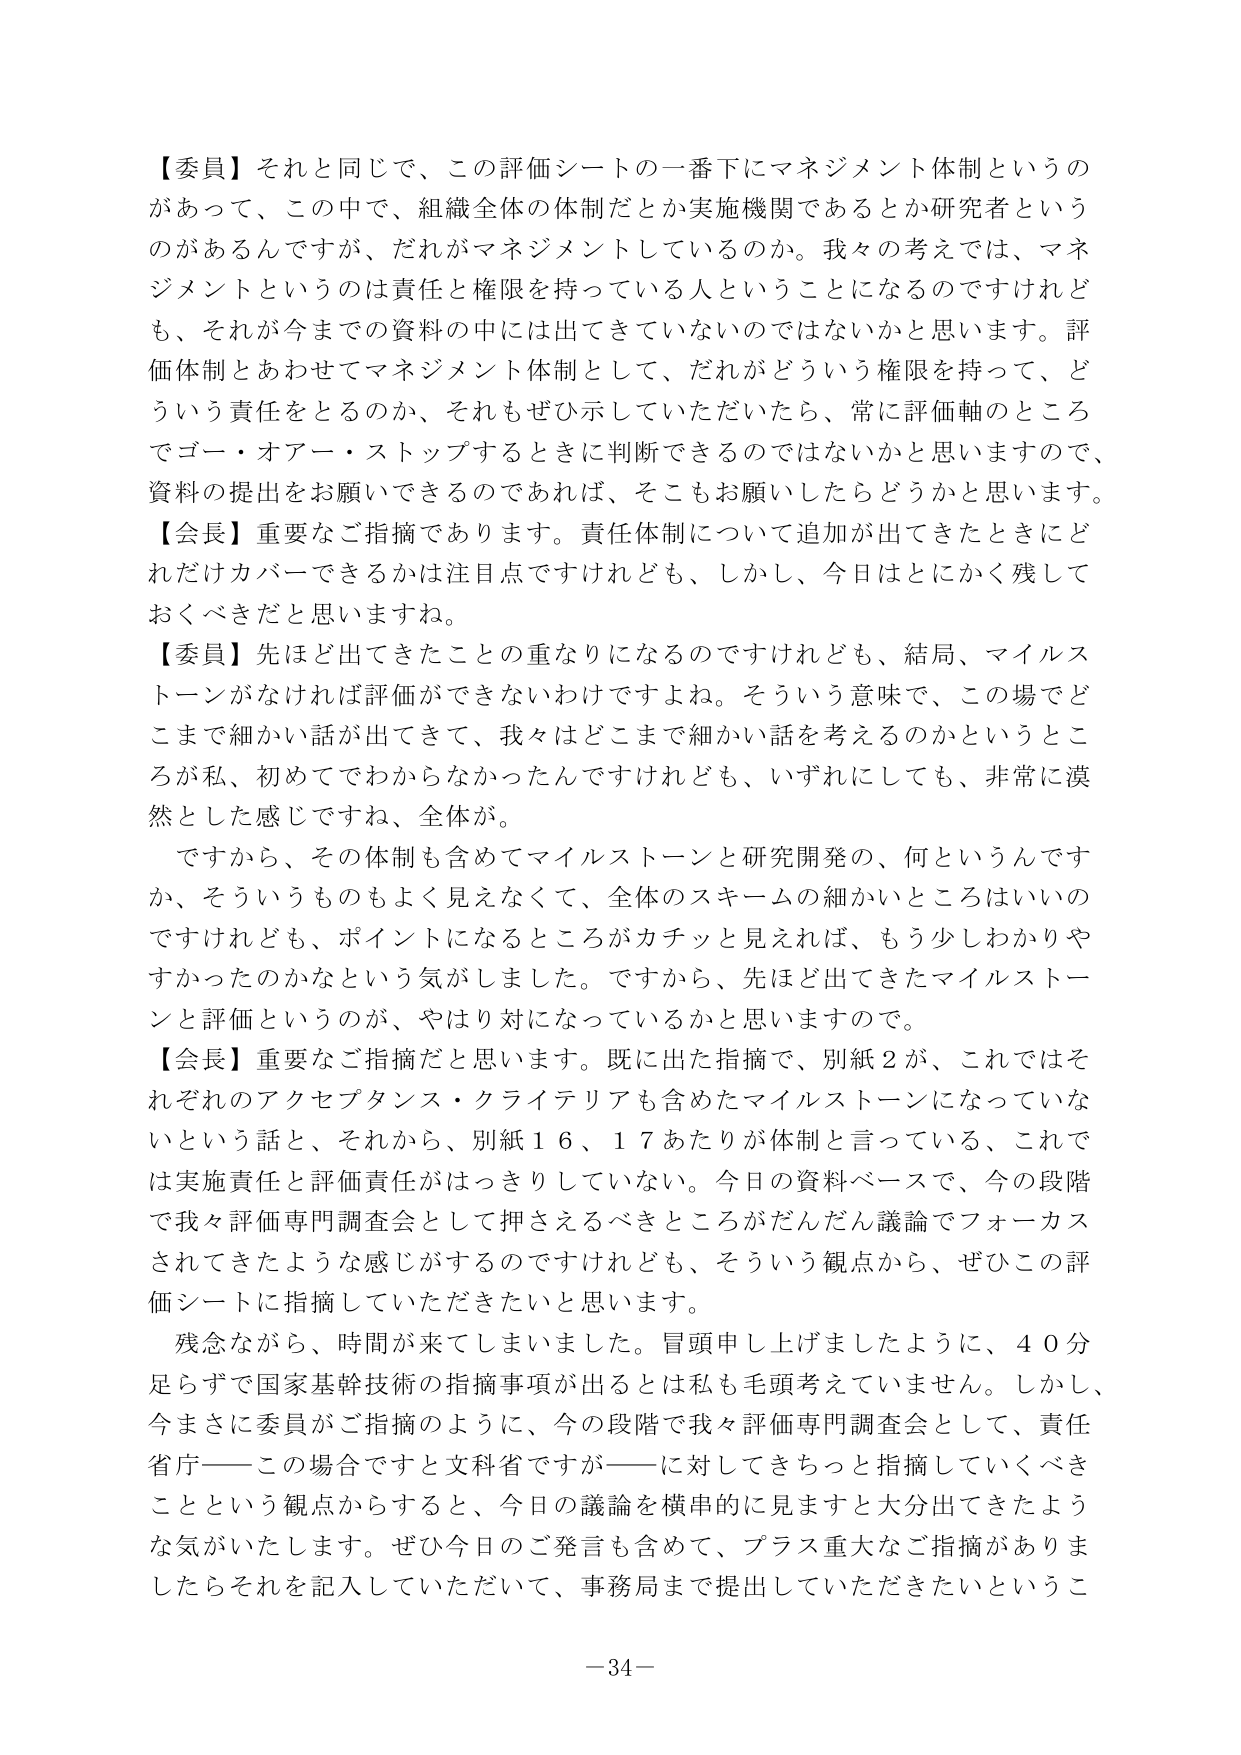
【委員】それと同じで、この評価シートの一番下にマネジメント体制というのがあって、この中で、組織全体の体制だとか実施機関であるとか研究者というのがあるんですが、だれがマネジメントしているのか。我々の考えでは、マネジメントというのは責任と権限を持っている人ということになるのですけれども、それが今までの資料の中には出てきていないのではないかと思います。評価体制とあわせてマネジメント体制として、だれがどういう権限を持って、どういう責任をとるのか、それもぜひ示していただいたら、常に評価軸のところデゴー・オアー・ストップするときに判断できるのではないかと思いますので、資料の提出をお願いできるのであれば、そこもお願いしたらどうかと思います。

【会長】重要なご指摘であります。責任体制について追加が出てきたときにどれだけカバーできるかは注目点ですけれども、しかし、今日はとにかく残しておくべきだと思いますね。

【委員】先ほど出てきたことの重なりになるのですけれども、結局、マイルストーンがなければ評価ができないわけですよね。そういう意味で、この場でどこまで細かい話が出てきて、我々はどこまで細かい話を考えるのかというところが私、初めてでわからなかったんですけども、いずれにしても、非常に漠然とした感じですね、全体が。

ですから、その体制も含めてマイルストーンと研究開発の、何というんですか、そういうものもよく見えなくて、全体のスキームの細かいところはいいのですけれども、ポイントになるところがカチッと見えれば、もう少しわかりやすかったのかなという気がしました。ですから、先ほど出てきたマイルストーンと評価というのが、やはり対になっているかと思いますので。

【会長】重要なご指摘だと思います。既に出た指摘で、別紙２が、これではそれぞれのアクセプタンス・クライテリアも含めたマイルストーンになっていないという話と、それから、別紙１６、１７あたりが体制と言っている、これでは実施責任と評価責任がはっきりしていない。今日の資料ベースで、今の段階で我々評価専門調査会として押さえるべきところがだんだん議論でフォーカスされてきたような感じがするのですけれども、そういう観点から、ぜひこの評価シートに指摘していただきたいと思います。

残念ながら、時間が来てしまいました。冒頭申し上げましたように、４０分足らずで国家基幹技術の指摘事項が出るとは私も毛頭考えていません。しかし、今まさに委員がご指摘のように、今の段階で我々評価専門調査会として、責任省庁――この場合ですと文科省ですが――に対してきちっと指摘していくべきことという観点からすると、今日の議論を横串的に見ますと大分出てきたような気がいたします。ぜひ今日のご発言も含めて、プラス重大なご指摘がありましたらそれを記入していただいて、事務局まで提出していただきたいというこ

－34－